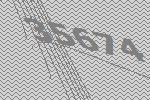
35674